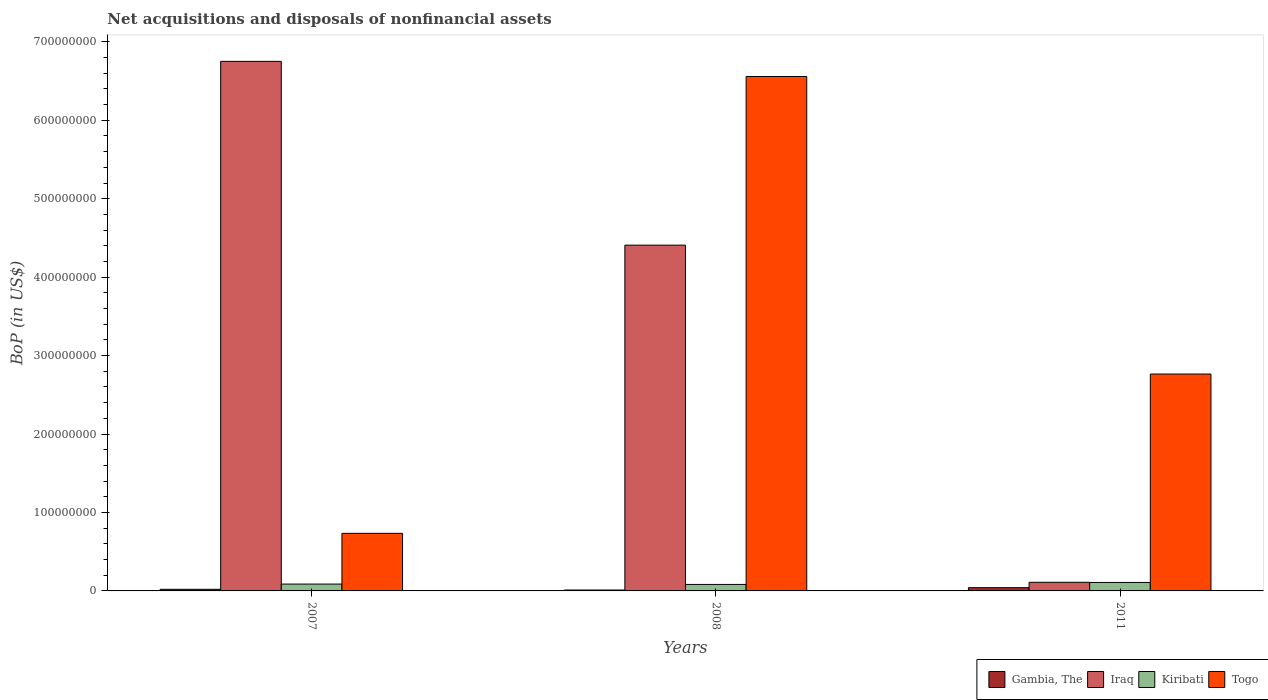
| Years | Gambia, The | Iraq | Kiribati | Togo |
 | --- | --- | --- | --- | --- |
 | 2007 | 2.07e+06 | 6.75e+08 | 8.74e+06 | 7.34e+07 |
 | 2008 | 1.17e+06 | 4.41e+08 | 8.28e+06 | 6.56e+08 |
 | 2011 | 4.15e+06 | 1.1e+07 | 1.08e+07 | 2.76e+08 |